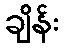
ချိန်း